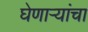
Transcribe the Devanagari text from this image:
घेणाऱ्यांचा